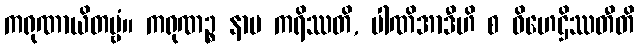
ကရုဏာယိတဗ္ဗံ။ ကရုဏဉ္စ နာမ ကရိဿတိ, ပါဏိအာဒီဟိ စ ဝိဟေဌိဿတီတိ